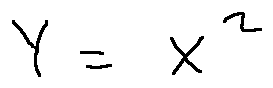
Y = X ^ { 2 }